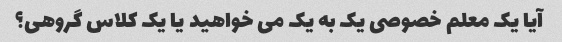
آیا یک معلم خصوصی یک به یک می خواهید یا یک کلاس گروهی؟